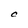
Character: C